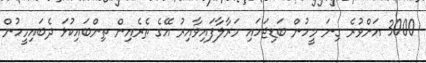
3000 އަށްވުރެ ގިނަ މީހުން ބަޑިޖަހައި މަރާލާފައިވާއިރު އޭގެ ތެރެއިން ތިންބައިކުޅަ ދެބައިމީހުން